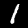
Label: 1